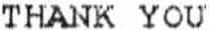
THANK YOU